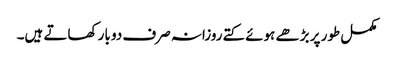
مکمل طور پر بڑھے ہوئے کتے روزانہ صرف دو بار کھاتے ہیں۔